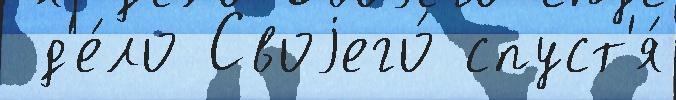
 д'е́ло Своjего́ спуст'я́